Lunatic asylums United Provinces 1899-1908 - 1899-1908
Year: 1899
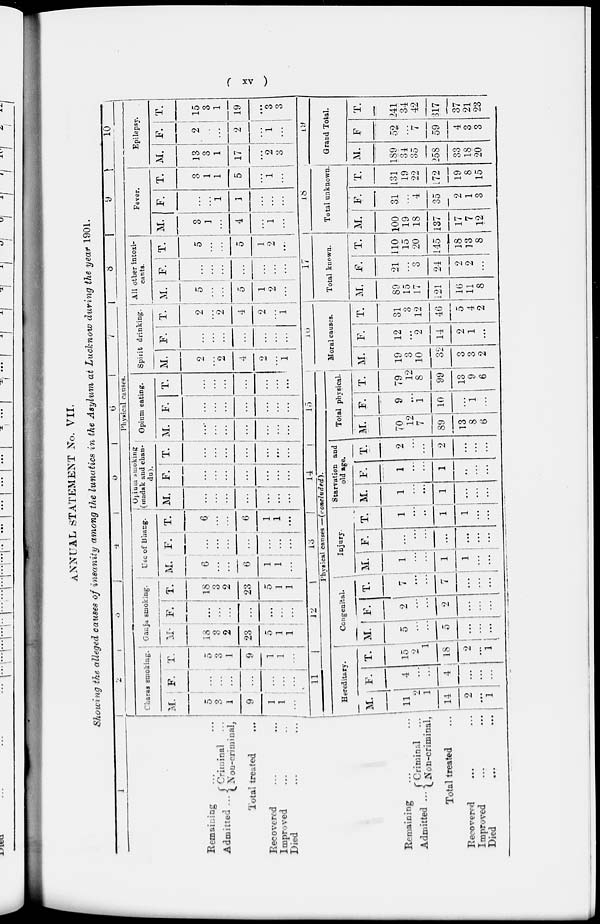
( xv )
ANNUAL STATEMENT No. VII.
Showing the alleged causes of insanity among the lunatics in the Asylum at Lucknow during the year 1901.
1
Remaning ... ...
Admitted ... Criminal ...
Non-criminal,
Total treated ...
Recovered ... ...
Improved ... ...
Died ... ...
2
3
4
5
6
7
8
9
10
Physical causes.
Charas smoking.
M.
5
3
1
9
1
1
...
F.
...
...
...
...
...
...
...
T.
5
3
1
9
1
1
...
Ganja smoking.
M.
18
3
2
23
5
1
1
F.
...
...
...
...
...
...
...
T.
18
3
2
23
5
1
1
Use of Bhang.
M.
6
...
...
6
1
1
...
F.
...
...
...
...
...
...
...
T.
6
...
...
6
1
1
...
Optum smoking
(madak and chan-
du).
M.
...
...
...
...
...
...
...
F.
...
...
...
...
...
...
...
T.
...
...
...
...
...
...
...
Opium eating.
M.
...
...
...
...
...
...
...
F.
...
...
...
...
...
...
...
T.
...
...
...
...
...
...
...
Spirit drinking.
M.
2
...
2
4
2
...
1
F.
...
...
...
...
...
...
...
T.
2
...
2
4
2
...
1
All other intoxi-
cants.
M.
5
...
...
5
1
2
...
F.
...
...
...
...
...
...
...
T.
5
...
...
5
1
2
...
Fever.
M.
3
1
...
4
...
1
...
F.
...
...
1
1
...
...
...
T.
3
1
1
5
...
1
...
Epilepsy.
M.
13
3
1
17
...
2
3
F.
2
...
...
2
...
1
...
T.
15
3
1
19
...
3
3
Remaining ... ...
Admitted ...
Criminal ...
Non-criminal,
Total treated ...
Recovered ... ...
Improved ... ...
Died ... ...
11
12
13
14
15
Physical causes —(concluded).
Hereditary.
M.
11
2
1
14
2
...
1
F.
4
...
...
4
...
...
...
T.
15
2
1
18
2
...
1
Congenital.
M.
5
...
...
5
...
...
...
F.
2
...
...
2
...
...
...
T.
7
...
...
7
...
...
...
Injury.
M.
1
...
...
1
1
...
...
F.
...
...
...
...
...
...
...
T.
1
...
...
1
1
...
...
Starvation and
old age.
M.
1
...
...
1
...
...
...
F.
1
...
...
1
...
...
...
T.
2
...
...
2
...
...
...
Total physical.
M.
70
12
7
89
13
8
6
F.
9
...
1
10
...
1
...
T.
79
12
8
99
13
9
6
16
Moral causes.
M.
19
3
10
32
3
3
2
F.
12
...
2
14
2
1
...
T.
31
3
12
46
5
4
2
17
Total known.
M.
89
15
17
121
16
11
8
F.
21
...
3
24
2
2
...
T.
110
15
20
145
18
13
8
18
Total unknown.
M.
100
19
18
137
17
7
12
F.
31
...
4
35
2
1
3
T.
131
19
22
172
19
8
15
19
Grand Total.
M.
189
34
35
258
33
18
20
F
52
...
7
59
4
3
3
T.
241
34
42
317
37
21
23